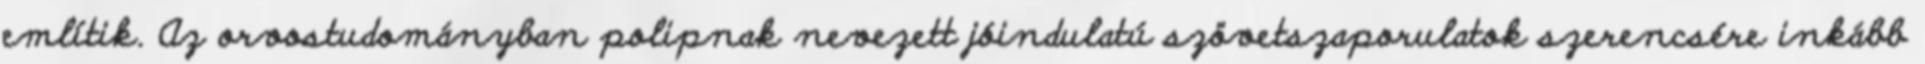
említik. Az orvostudományban polipnak nevezett jóindulatú szövetszaporulatok szerencsére inkább